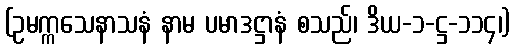
(ဥမက္ကသေနာသနံ နာမ ပမာဒဋ္ဌာနံ စသည်၊ ဒိယ-၁-ဋ္ဌ-၁၁၄၊)